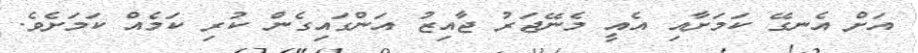
އަށް އެނގޭ ކަމަށާއި އެއީ މެނޭޖަރު ޖާއިޒު އަންގައިގެން ކުރި ކަމެއް ކަމަށެވެ.